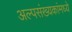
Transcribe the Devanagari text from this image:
अल्पसंख्यकांमध्ये